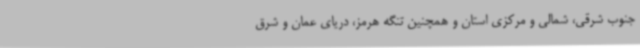
جنوب شرقی، شمالی و مرکزی استان و همچنین تنگه هرمز، دریای عمان و شرق